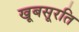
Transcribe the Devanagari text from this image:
खूबसूरति